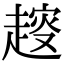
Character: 𧼭